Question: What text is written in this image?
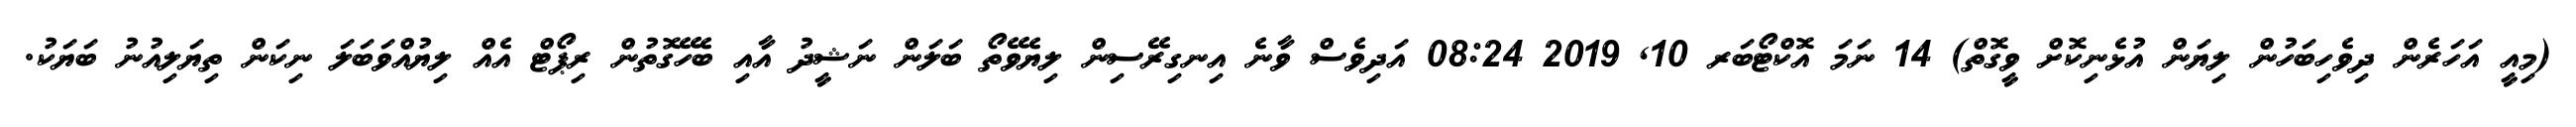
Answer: (މިއީ އަހަރެން ދިވެހިބަހުން ލިޔަން އުޅެނިކޮށް ވީގޮތް) 14 ނަމަ އޮކްޓޯބަރ 10, 2019 08:24 އަދިވެސް ވާނެ އިނގިރޭސިން ލިޔެވޭތޯ ބަލަން ނަޝީދު އާއި ބެހޭގޮތުން ރިޕޯޓް އެއް ލިޔުއްވަބަލަ ނިކަން ތިޔަލިއުނު ބަޔަކު.